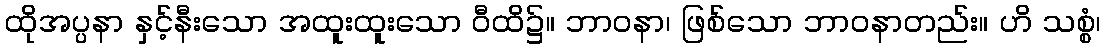
ထိုအပ္ပနာ နှင့်နီးသော အထူးထူးသော ဝီထိ၌။ ဘာဝနာ၊ ဖြစ်သော ဘာဝနာတည်း။ ဟိ သစ္စံ၊